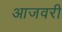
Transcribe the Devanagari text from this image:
आजवरी